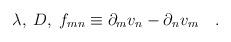
LaTeX: \begin{align*}\lambda ,\;D,\; f_{mn}\equiv\partial _mv_n -\partial _nv_m \quad .\end{align*}